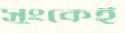
সুংকেই